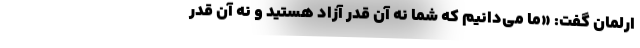
ارلمان گفت: «ما می‌دانیم که شما نه آن قدر آزاد هستید و نه آن قدر